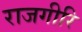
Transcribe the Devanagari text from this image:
राजगीरि